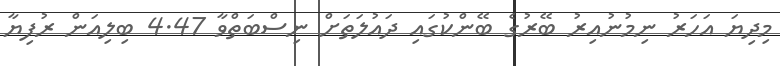
މިދިޔަ އަހަރު ނިމުނުއިރު ބޭރުގެ ބޭންކުގައި ދައުލަތަށް ނިސްބަތްވާ 4.47 ބިލިއަން ރުފިޔާ